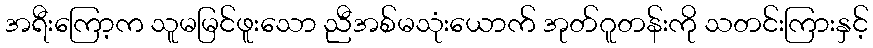
အရီးကြော့က သူမမြင်ဖူးသော ညီအစ်မသုံးယောက် အုတ်ဂူတန်းကို သတင်းကြားနှင့်